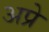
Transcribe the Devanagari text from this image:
अप्रे